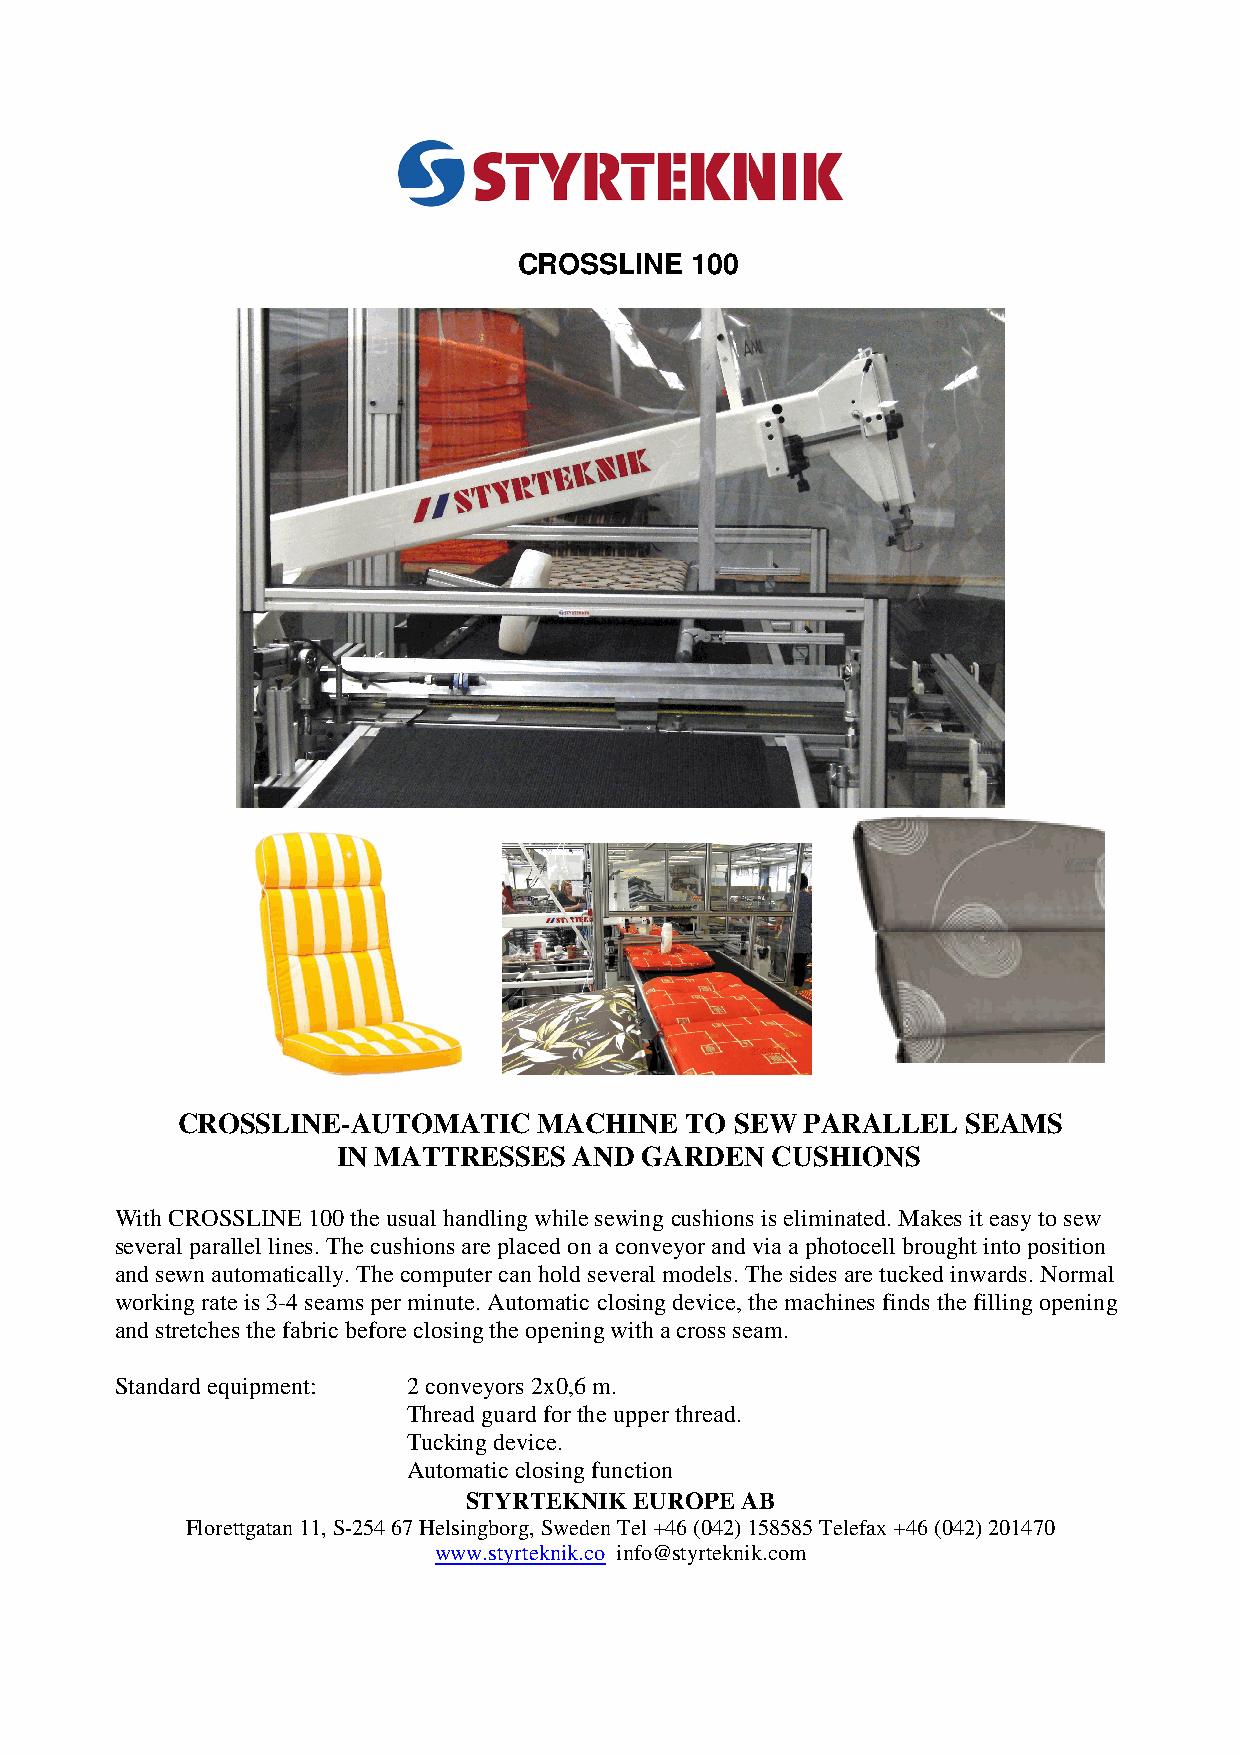
CROSSLINE   100
 CROSSLINE-AUTOMATIC     MACHINE  TO  SEW PARALLEL   SEAMS
 IN MATTRESSES   AND  GARDEN  CUSHIONS
 With CROSSLINE 100 the usual handling while sewing cushions is eliminated. Makes it easy to sew
 several parallel lines. The cushions are placed on a conveyor and via a photocell brought into position
 and sewn automatically. The computer can hold several models. The sides are tucked inwards. Normal
 working rate is 3-4 seams per minute. Automatic closing device, the machines finds the filling opening
 and stretches the fabric before closing the opening with a cross seam.
 Standard equipment: 2 conveyors 2x0,6 m.
 Thread guard for the upper thread.
 Tucking device.
 Automatic closing function
 STYRTEKNIK EUROPE AB
 Florettgatan 11, S-254 67 Helsingborg, Sweden Tel +46 (042) 158585 Telefax +46 (042) 201470
 www.styrteknik.co info@styrteknik.com